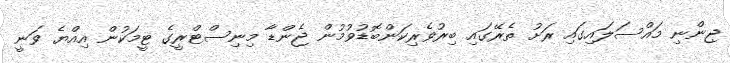
ޖިންނި މައްސަލައިގައި ރަށު ތެރޭގައި ބިރުވެރިކަންބޮޑުވުމުން ޖެންޑާ މިނިސްޓްރީގެ ޓީމަކުން އިއްޔެ ވަނީ